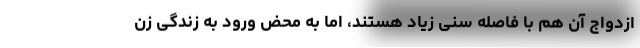
ازدواج آن هم با فاصله سنی زیاد هستند، اما به محض ورود به زندگی زن